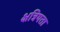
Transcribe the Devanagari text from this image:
क्षत्रियता